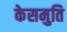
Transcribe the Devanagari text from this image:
केसमुति